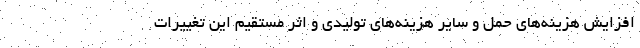
افزایش هزینه‌های حمل و سایر هزینه‌های تولیدی و اثر مستقیم این تغییرات